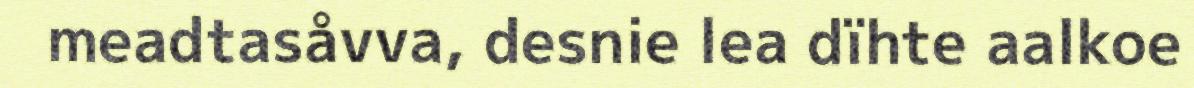
meadtasåvva, desnie lea dïhte aalkoe